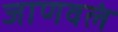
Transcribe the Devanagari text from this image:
जाणवलं